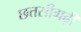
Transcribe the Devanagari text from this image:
छत्तसीगढ़ी